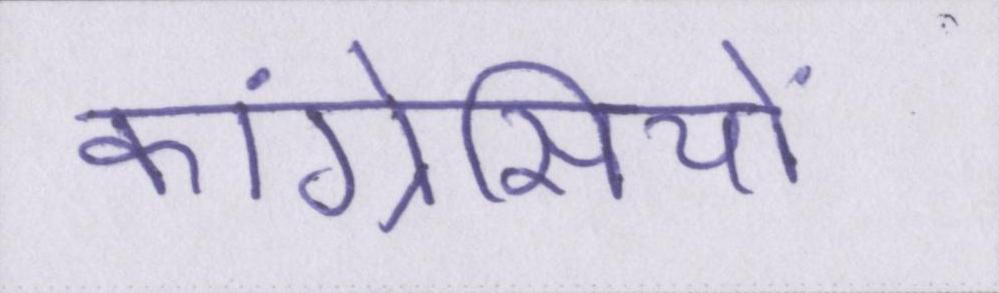
कांग्रेसियों